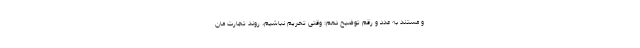
و مستند به عدد و رقم توضیح دهم: وقتی تحریم نباشیم، روند تجارت مان